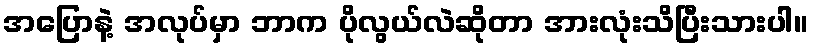
အပြောနဲ့ အလုပ်မှာ ဘာက ပိုလွယ်လဲဆိုတာ အားလုံးသိပြီးသားပါ။